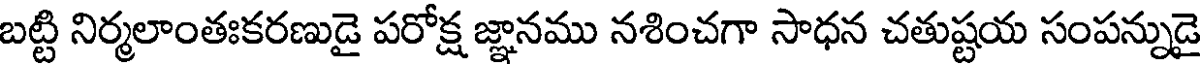
బట్టి నిర్మలాంతఃకరణుడై పరోక్ష జ్ఞానము నశించగా సాధన చతుష్టయ సంపన్నుడై